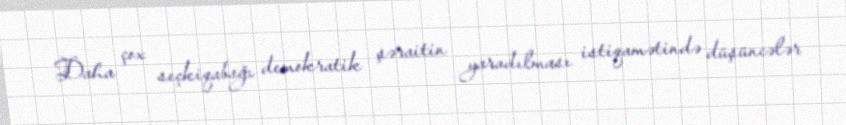
Daha çox seçkiqabağı demokratik şəraitin yaradılması istiqamətində düşüncələr